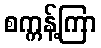
စက္ကန့်ကြာ